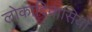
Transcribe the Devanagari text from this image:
लोकादिवासियो